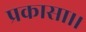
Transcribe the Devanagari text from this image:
प्रकासा।।